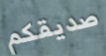
صديقكم